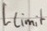
Text: Llimit